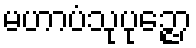
မဟာပံသုပုဉ္ဇော